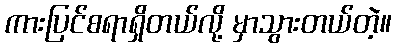
ကားပြင်စရာရှိတယ်လို့ မှာသွားတယ်တဲ့။